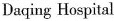
Daqing Hospital